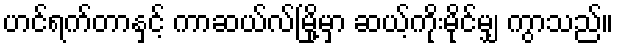
ဟင်ရက်တာနှင့် ကာဆယ်လ်မြို့မှာ ဆယ့်ကိုးမိုင်မျှ ကွာသည်။